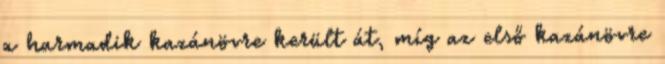
a harmadik kazánövre került át, míg az első kazánövre